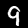
Digit: 9